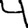
Digit: 4